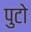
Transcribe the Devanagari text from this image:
पुटो